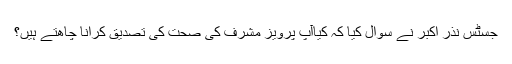
جسٹس نذر اکبر نے سوال کیا کہ کیاآپ پرویز مشرف کی صحت کی تصدیق کرانا چاھتے ہیں؟